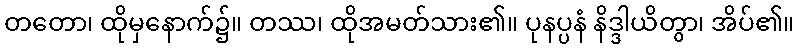
တတော၊ ထိုမှနောက်၌။ တဿ၊ ထိုအမတ်သား၏။ ပုနပ္ပနံ နိဒ္ဒါယိတွာ၊ အိပ်၏။